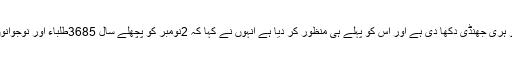
انہوں نے کہا کہ مرکزی حکومت نے پہلے ہی سنگبازوں کو عام معافی دینے کی پالیسی کو ہری جھنڈی دکھا دی ہے اور اس کو پہلے ہی منظور کر دیا ہے انہوں نے کہا کہ 2نومبر کو پچھلے سال 3685طلباء اور نوجوانوں کو عام معافی سے فائدہ پہنچایاگیا ہے جنہوں نے سنگبازی کے واقعات میں حصہ لیا تھا ۔